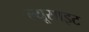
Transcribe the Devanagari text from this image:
ल्यूसाइट